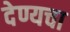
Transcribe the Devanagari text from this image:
देण्यचा